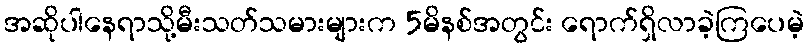
အဆိုပါနေရာသို့မီးသတ်သမားများက 5မိနစ်အတွင်း ရောက်ရှိလာခဲ့ကြပေမဲ့